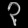
Digit: ၃